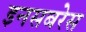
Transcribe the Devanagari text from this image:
इनसबरेस